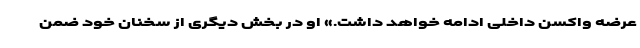
عرضه واکسن داخلی ادامه خواهد داشت.» او در بخش دیگری از سخنان خود ضمن